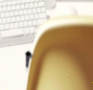
٠